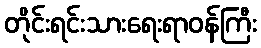
တိုင်းရင်းသားရေးရာဝန်ကြီး